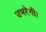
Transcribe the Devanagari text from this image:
उभरेगी।